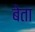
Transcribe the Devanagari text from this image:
बेता